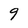
Character: 9